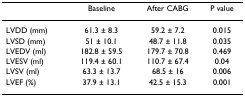
<table><thead><tr><td></td><td><b>Baseline</b></td><td><b>After CABG</b></td><td><b>P value</b></td></tr></thead><tbody><tr><td>LVDD (mm)</td><td>61.3 ± 8.3</td><td>59.2 ± 7.2</td><td>0.015</td></tr><tr><td>LVSD (mm)</td><td>51 ± 10.1</td><td>48.7 ± 11.8</td><td>0.035</td></tr><tr><td>LVEDV (ml)</td><td>182.8 ± 59.5</td><td>179.7 ± 70.8</td><td>0.469</td></tr><tr><td>LVESV (ml)</td><td>119.4 ± 60.1</td><td>110.7 ± 67.4</td><td>0.04</td></tr><tr><td>LVSV (ml)</td><td>63.3 ± 13.7</td><td>68.5 ± 16</td><td>0.006</td></tr><tr><td>LVEF (%)</td><td>37.9 ± 13.1</td><td>42.5 ± 15.3</td><td>0.001</td></tr></tbody></table>